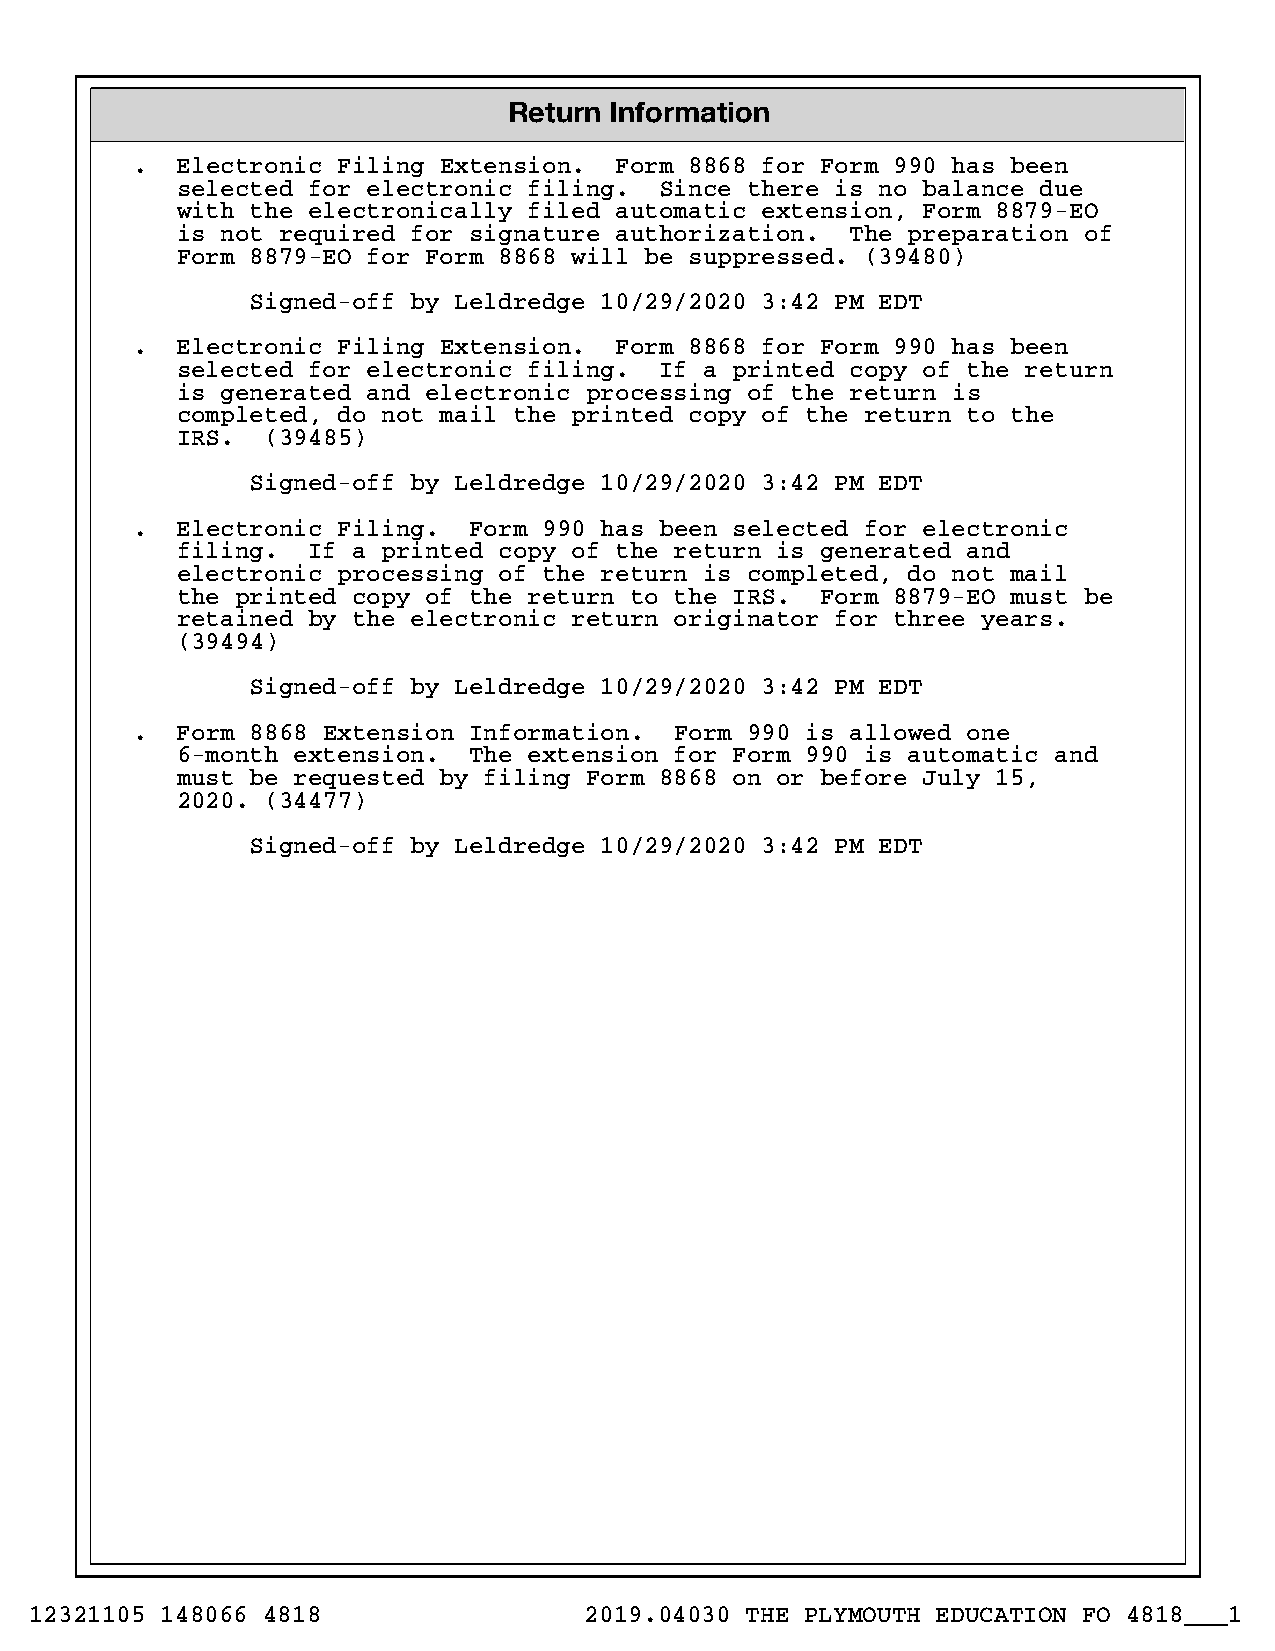
Return Information
 .  Electronic Filing Extension. Form 8868 for Form 990 has been
 selected for electronic filing. Since there is no balance due
 with the electronically filed automatic extension, Form 8879-EO
 is not required for signature authorization. The preparation of
 Form 8879-EO for Form 8868 will be suppressed. (39480)
 Signed-off by Leldredge 10/29/2020 3:42 PM EDT
 .  Electronic Filing Extension. Form 8868 for Form 990 has been
 selected for electronic filing. If a printed copy of the return
 is generated and electronic processing of the return is
 completed, do not mail the printed copy of the return to the
 IRS.  (39485)
 Signed-off by Leldredge 10/29/2020 3:42 PM EDT
 .  Electronic Filing. Form 990 has been selected for electronic
 filing. If a printed copy of the return is generated and
 electronic processing of the return is completed, do not mail
 the printed copy of the return to the IRS. Form 8879-EO must be
 retained by the electronic return originator for three years.
 (39494)
 Signed-off by Leldredge 10/29/2020 3:42 PM EDT
 .  Form 8868 Extension Information. Form 990 is allowed one
 6-month extension. The extension for Form 990 is automatic and
 must be requested by filing Form 8868 on or before July 15,
 2020. (34477)
 Signed-off by Leldredge 10/29/2020 3:42 PM EDT
 12321105 148066 4818                 2019.04030 THE PLYMOUTH EDUCATION FO 4818___1